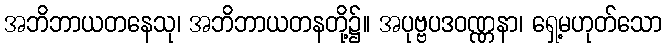
အဘိဘာယတနေသု၊ အဘိဘာယတနတို့၌။ အပုဗ္ဗပဒဝဏ္ဏနာ၊ ရှေ့မဟုတ်သော